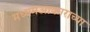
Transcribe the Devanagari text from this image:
मध्यमआकाराच्या